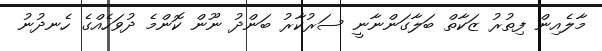
މާލެއިން ފިތުރު ޒަކާތް ބަލާގަންނާނީ ސަރުކާރު ބަންދު ނޫން ކޮންމެ ދުވަހެއްގެ ހެނދުނު